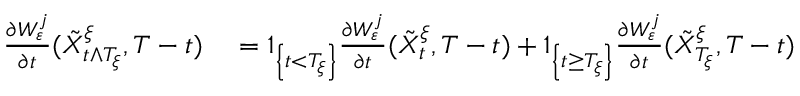
\begin{array} { r l } { \frac { \partial W _ { \varepsilon } ^ { j } } { \partial t } ( \tilde { X } _ { t \wedge T _ { \xi } } ^ { \xi } , T - t ) } & { { } = 1 _ { \left\{ t < T _ { \xi } \right\} } \frac { \partial W _ { \varepsilon } ^ { j } } { \partial t } ( \tilde { X } _ { t } ^ { \xi } , T - t ) + 1 _ { \left\{ t \geq T _ { \xi } \right\} } \frac { \partial W _ { \varepsilon } ^ { j } } { \partial t } ( \tilde { X } _ { T _ { \xi } } ^ { \xi } , T - t ) } \end{array}